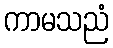
ကာမသညံ